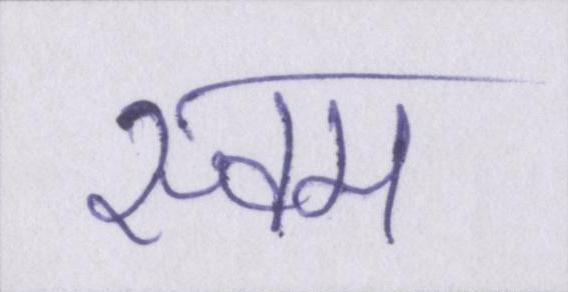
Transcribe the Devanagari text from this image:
स्वम